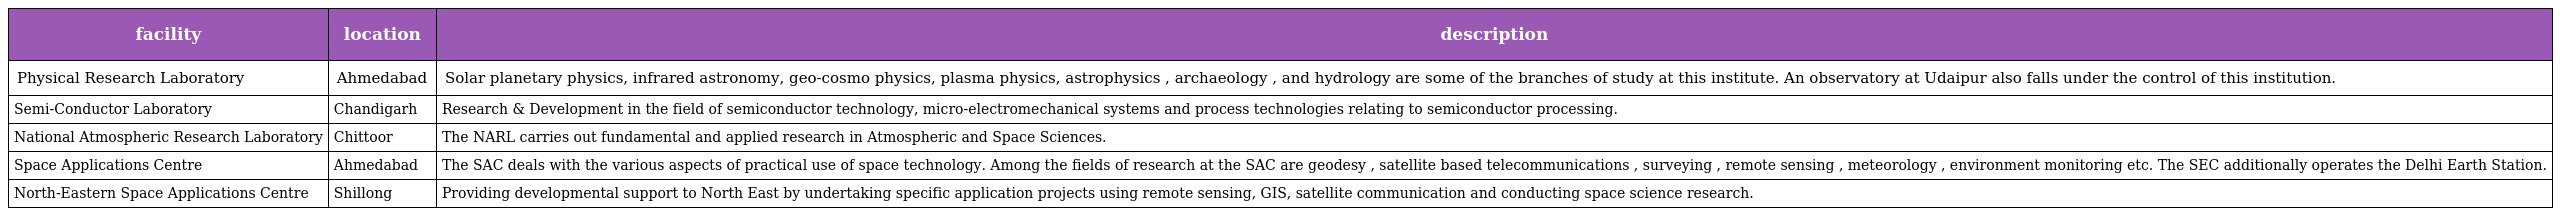
| facility | location | description |
 | --- | --- | --- |
 | Physical Research Laboratory | Ahmedabad | Solar planetary physics, infrared astronomy, geo-cosmo physics, plasma physics, astrophysics , archaeology , and hydrology are some of the branches of study at this institute. An observatory at Udaipur also falls under the control of this institution. |
 | Semi-Conductor Laboratory | Chandigarh | Research & Development in the field of semiconductor technology, micro-electromechanical systems and process technologies relating to semiconductor processing. |
 | National Atmospheric Research Laboratory | Chittoor | The NARL carries out fundamental and applied research in Atmospheric and Space Sciences. |
 | Space Applications Centre | Ahmedabad | The SAC deals with the various aspects of practical use of space technology. Among the fields of research at the SAC are geodesy , satellite based telecommunications , surveying , remote sensing , meteorology , environment monitoring etc. The SEC additionally operates the Delhi Earth Station. |
 | North-Eastern Space Applications Centre | Shillong | Providing developmental support to North East by undertaking specific application projects using remote sensing, GIS, satellite communication and conducting space science research. |